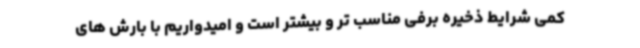
کمی شرایط ذخیره برفی مناسب تر و بیشتر است و امیدواریم با بارش های